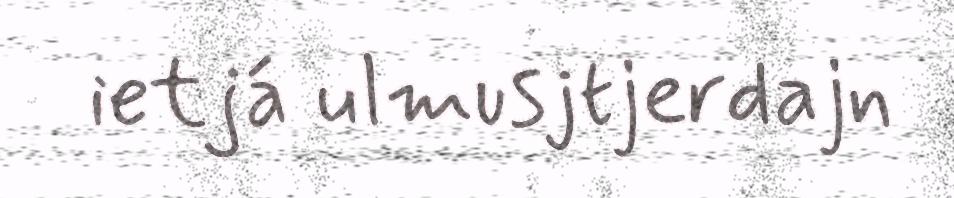
ietjá ulmusjtjerdajn